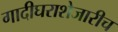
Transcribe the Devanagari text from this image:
गादीघराशेजारीच